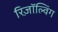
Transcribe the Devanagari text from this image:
रिज़ॉल्विंग